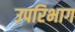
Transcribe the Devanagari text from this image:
उपरिभाग